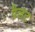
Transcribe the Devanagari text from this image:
पैलट